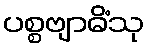
ပစ္စဗျာဓိံသု